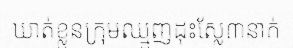
ឃាត់ខ្លួនក្រុមឈ្មួញដុះស្លែ៣នាក់